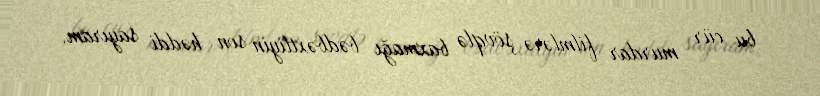
bu cür murdar filmlərə şövqlə baxmağı bədbəxtliyin son həddi sayıram.